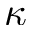
\kappa